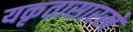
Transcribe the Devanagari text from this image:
यकृतासारखे